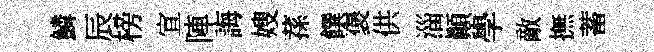
鱗辰榜宣陣誨嫂蓀饌褒供淄顛學敵撫蓄